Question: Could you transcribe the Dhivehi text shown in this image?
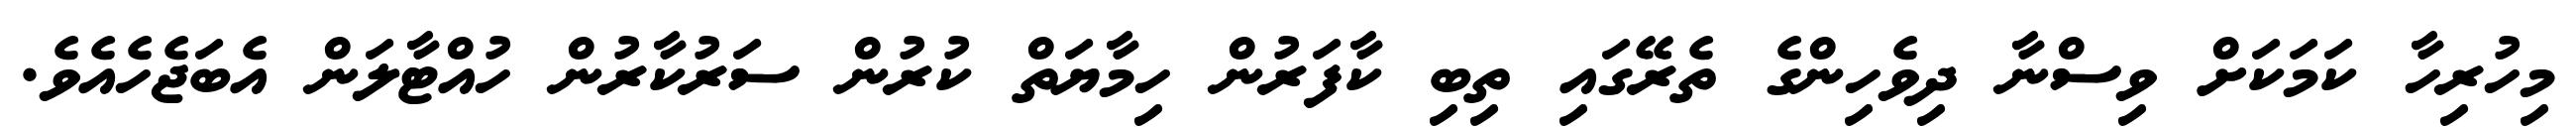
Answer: މިހުރިހާ ކަމަކަށް ވިސްނާ ދިވެހިންގެ ތެރޭގައި ތިބި ކާފަރުން ހިމާޔަތް ކުރުން ސަރުކާރުން ހުއްޓާލަން އެބަޖެހެއެވެ.